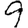
Digit: 9